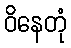
ဝိနေတုံ